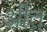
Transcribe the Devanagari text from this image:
अीत